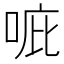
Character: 𠳓